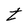
Character: t